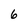
Character: 6